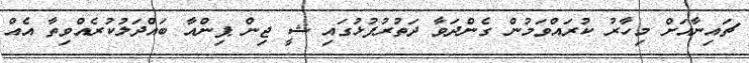
ޗައިނާއަށް މިހާރު ކުރައްވަމުން ގެންދަވާ ދަތުރުފުޅުގައި ޝީ ޖިން ޕިންއާ ބައްދަލުކުރެއްވިތާ އެއް